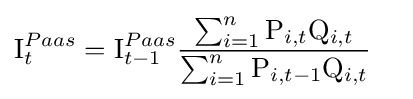
{\begin{aligned}\mathrm {I} _{t}^{Paas}&=\mathrm {I} _{t-1}^{Paas}{\frac {\sum _{i=1}^{n}\mathrm {P} _{i,t}\mathrm {Q} _{i,t}}{\sum _{i=1}^{n}\mathrm {P} _{i,t-1}\mathrm {Q} _{i,t}}}\end{aligned}}